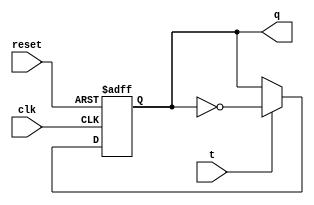
//Jason Hatfield - # 29163434
//CSE 241 HW8, problem 5.36, to submit .v, .vvp, _wv.vcd. screenshot, script


// Module for T-Flip Flop

module tff(q, t, clk, reset);

   output q;
   reg q;
   input t, clk, reset;

   always @ ( posedge clk, negedge reset )
	if (~reset) 
	   begin
		q <= 1'b0;
	   end
	
	else if (t)
	   begin
		q <= !q;
           end

endmodule

//End of TFF module

//Begin Circuit Module

module counter(a, b, clk, reset);

   output a, b;

   input clk, reset;

   wire ta, tb;

   assign ta = a | b;
   assign tb =  ~a | b;

   tff t1(a, ta, clk, reset);
   tff t2(b, tb, clk, reset);

endmodule

//End of Circuit module